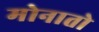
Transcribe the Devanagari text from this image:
मोनातो